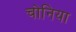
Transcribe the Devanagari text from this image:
चोनिया